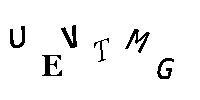
UEVTMG